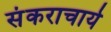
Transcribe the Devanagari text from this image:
संकराचार्य